Vaccination in Bombay 1863-1868 - 1863-1868
Year: 1863
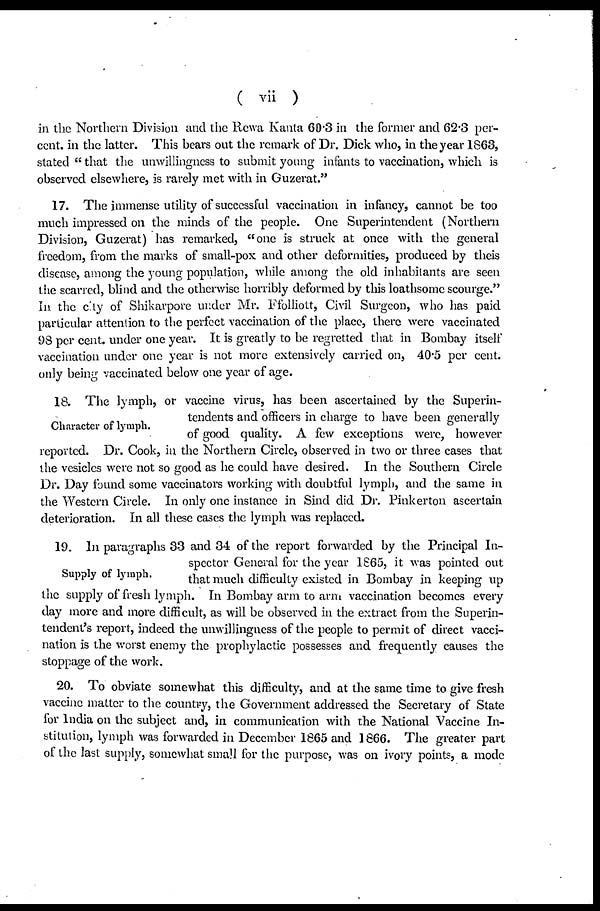
( vii )
in the Northern Division and the Rewa Kanta 60.3 in the former and 62.3 per-
cent. in the latter. This bears out the remark of Dr. Dick who, in the year 1863,
stated " that the unwillingness to submit young infants to vaccination, which is
observed elsewhere, is rarely met with in Guzerat."
17. The immense utility of successful vaccination in infancy, cannot be too
much impressed on the minds of the people. One Superintendent (Northern
Division, Guzerat) has remarked, "one is struck at once with the general
freedom, from the marks of small-pox and other deformities, produced by theis
disease, among the young population, while among the old inhabitants are seen
the scarred, blind and the otherwise horribly deformed by this loathsome scourge."
In the city of Shikarpore under Mr. Ffolliott, Civil Surgeon, who has paid
particular attention to the perfect vaccination of the place, there were vaccinated
98 per cent. under one year. It is greatly to be regretted that in Bombay itself
vaccination under one year is not more extensively carried on, 40.5 per cent.
only being vaccinated below one year of age.
Character of lymph.
18. The lymph, or vaccine virus, has been ascertained by the Superin-
tendents and officers in charge to have been generally
of good quality. A few exceptions were, however
reported. Dr. Cook, in the Northern Circle, observed in two or three cases that
the vesicles were not so good as he could have desired. In the Southern Circle
Dr. Day found some vaccinators working with doubtful lymph, and the same in
the Western Circle. In only one instance in Sind did Dr. Pinkerton ascertain
deterioration. In all these cases the lymph was replaced.
Supply of lymph.
19. In paragraphs 33 and 34 of the report forwarded by the Principal In-
spector General for the year 1865, it was pointed out
that much difficulty existed in Bombay in keeping up
the supply of fresh lymph. In Bombay arm to arm vaccination becomes every
day more and more difficult, as will be observed in the extract from the Superin-
tendent's report, indeed the unwillingness of the people to permit of direct vacci-
nation is the worst enemy the prophylactic possesses and frequently causes the
stoppage of the work.
20. To obviate somewhat this difficulty, and at the same time to give fresh
vaccine matter to the country, the Government addressed the Secretary of State
for India on the subject and, in communication with the National Vaccine In-
stitution, lymph was forwarded in December 1865 and 1866. The greater part
of the last supply, somewhat small for the purpose, was on ivory points, a mode